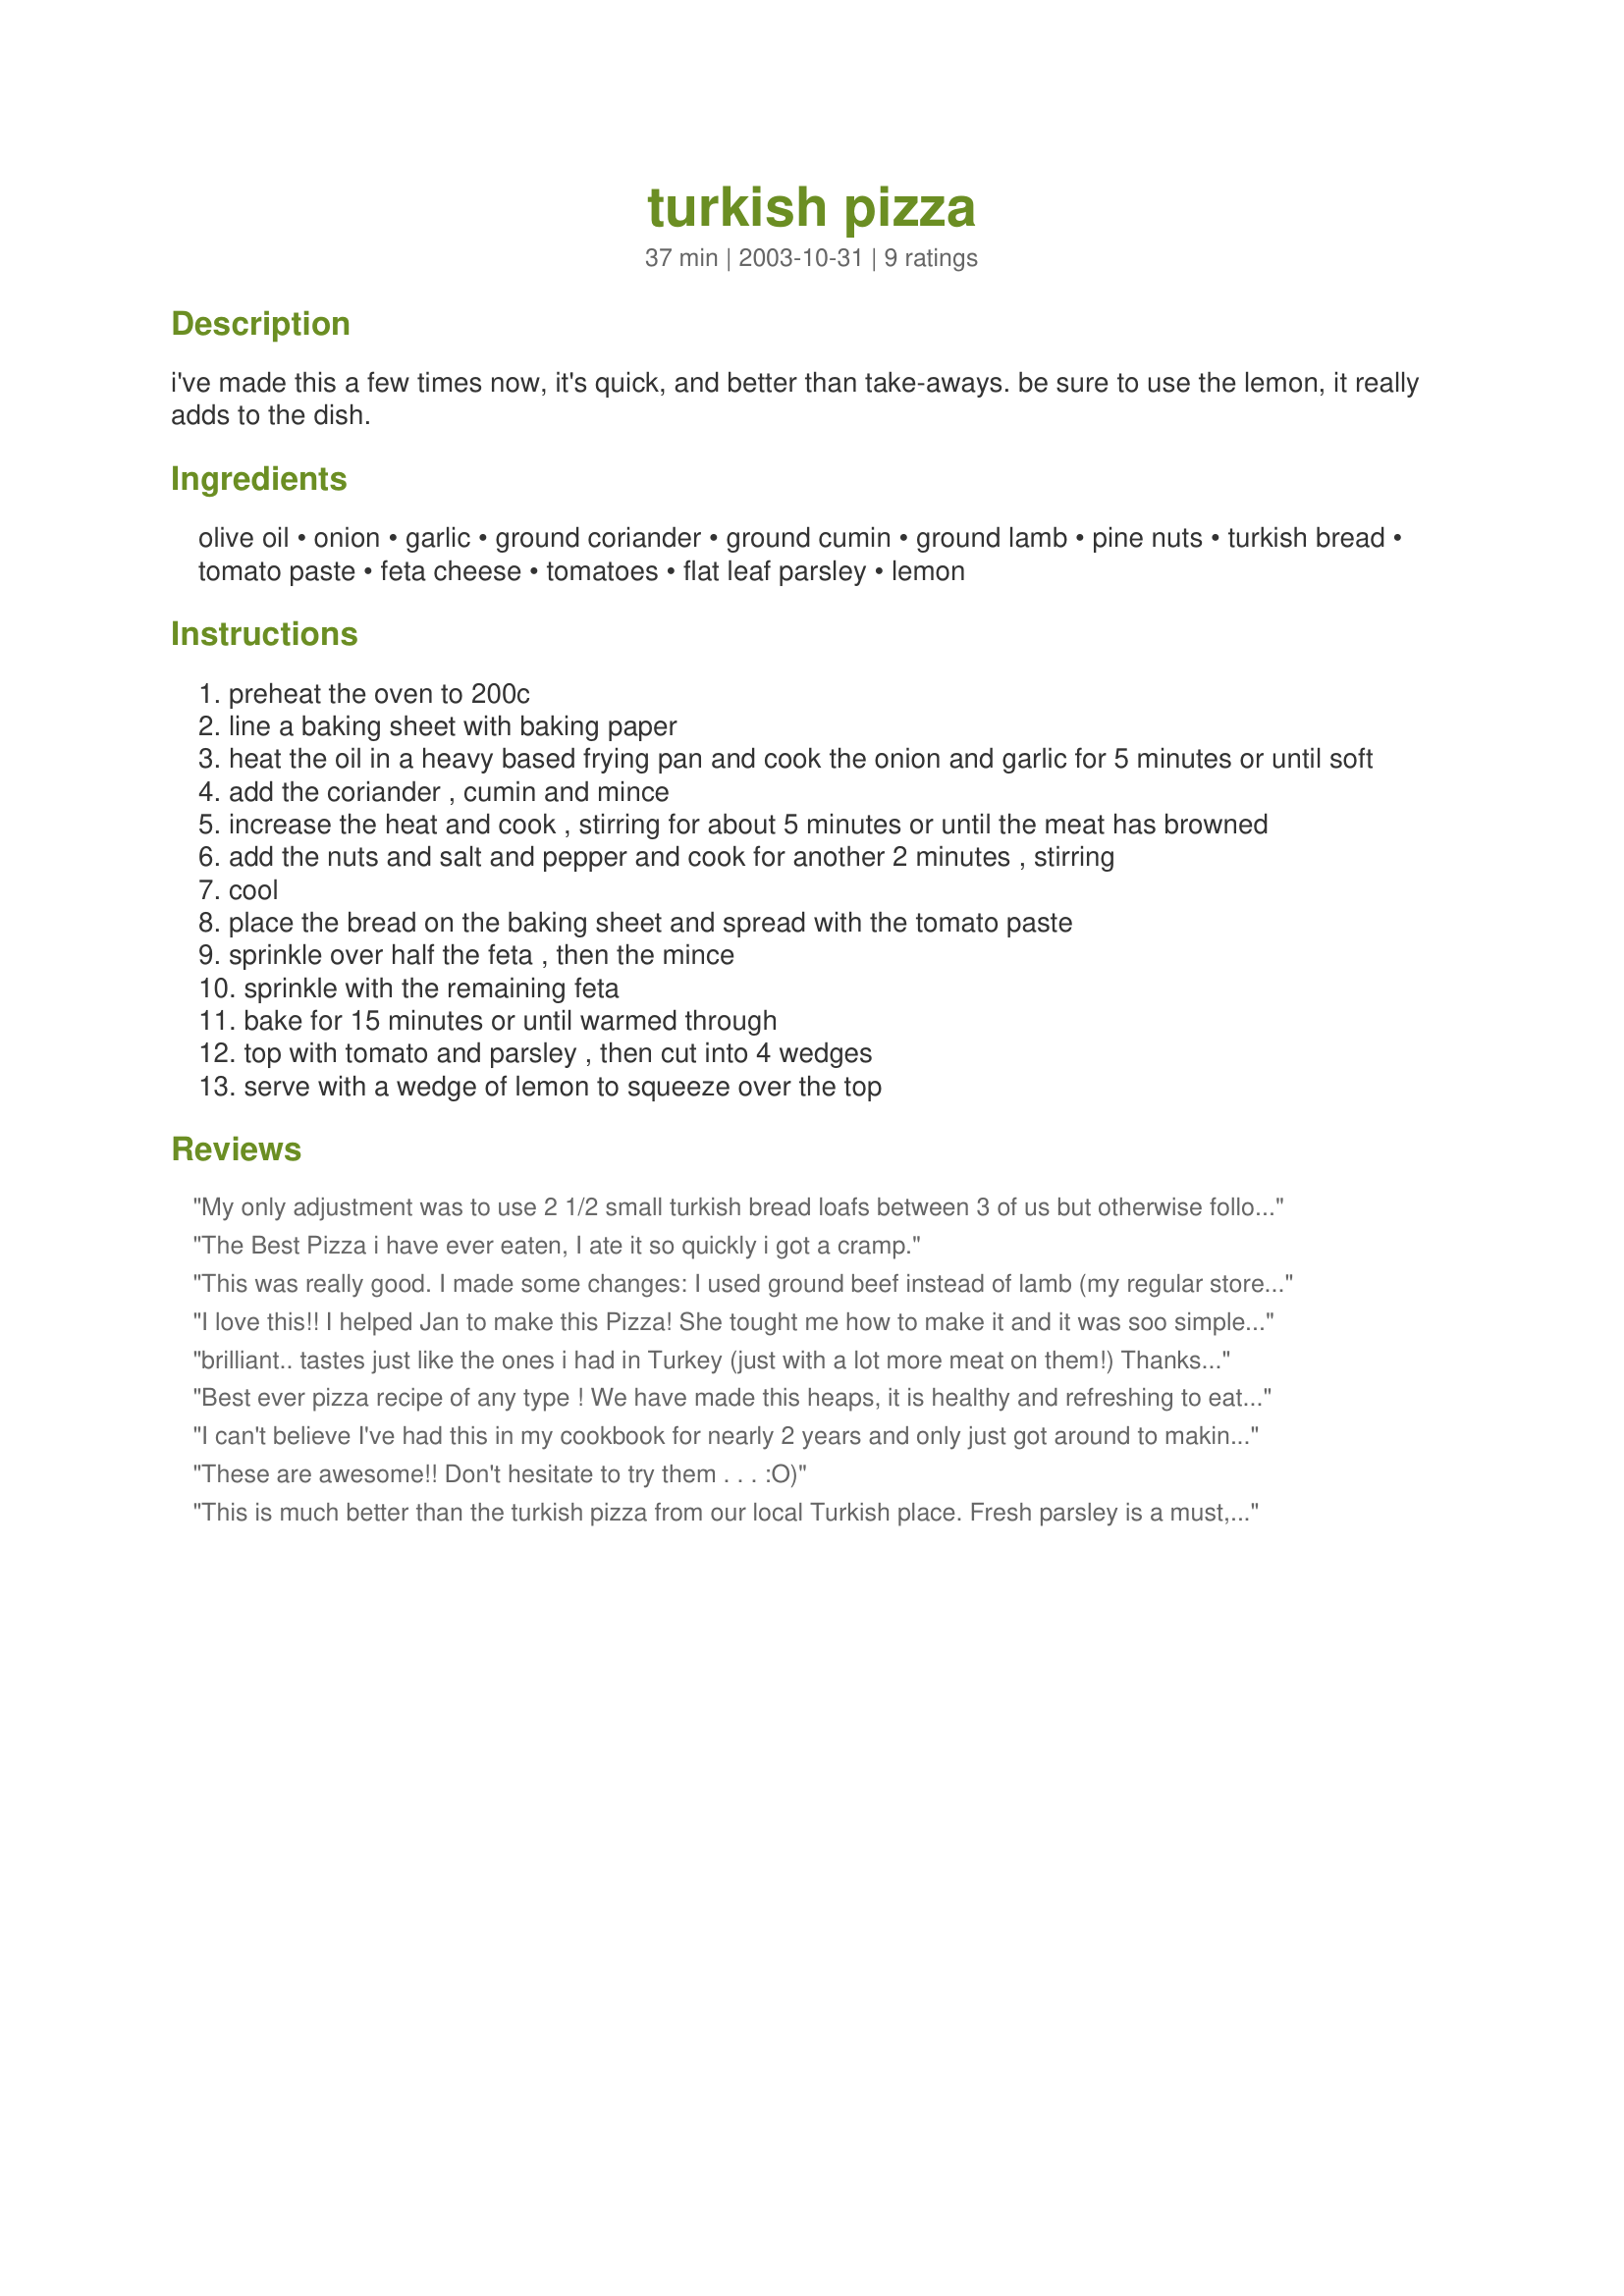
turkish pizza
Preparation time: 37 minutes

i've made this a few times now, it's quick, and better than take-aways. be sure to use the lemon, it really adds to the dish.

Ingredients:
olive oil, onion, garlic, ground coriander, ground cumin, ground lamb, pine nuts, turkish bread, tomato paste, feta cheese, tomatoes, flat leaf parsley, lemon

Steps:
preheat the oven to 200c
line a baking sheet with baking paper
heat the oil in a heavy based frying pan and cook the onion and garlic for 5 minutes or until soft
add the coriander , cumin and mince
increase the heat and cook , stirring for about 5 minutes or until the meat has browned
add the nuts and salt and pepper and cook for another 2 minutes , stirring
cool
place the bread on the baking sheet and spread with the tomato paste
sprinkle over half the feta , then the mince
sprinkle with the remaining feta
bake for 15 minutes or until warmed through
top with tomato and parsley , then cut into 4 wedges
serve with a wedge of lemon to squeeze over the top

Reviews:
My only adjustment was to use 2 1/2 small turkish bread loafs between 3 of us but otherwise followed through and we all thoroughly enjoyed and a style of pizza we had never eaten before. Thank you JustJanS, made for Ausie/Kiwi forum Recipe Swap #64 May 2012.
The Best Pizza i have ever eaten, I ate it so quickly i got a cramp.
This was really good. I made some changes: I used ground beef instead of lamb (my regular store doesn't carry lamb and I wasn't up for a quest!) I also used ciabatta bread....I don't even know what turkish bread is. Instead of the coriander/cumin, I used a turkish spice blend (which according to the jar contains: salt, garlic, cumin, black pepper, oregano, paprika, sumac, cayenne pepper and cilantro.) I have enough of the meat mixture to make dinner tomorrow night. Thanks for posting.
I love this!! I helped Jan to make this Pizza! She tought me how to make it and it was soo simple and tasty! I will take this recipe when I go back to Japan and will make for my family. Last time when I had this, I couldn't eat all but this time I ate it all! Maybe next time I might eat more!?
brilliant.. tastes just like the ones i had in Turkey (just with a lot more meat on them!) Thanks for sharing
Best ever pizza recipe of any type ! We have made this heaps, it is healthy and refreshing to eat because of the toppings. I usually dollop a carton of plain yoghurt over the top, once it's cooked, which makes it sensational.Well done !
I can't believe I've had this in my cookbook for nearly 2 years and only just got around to making it! This is just delicious and so easy to make! I found I had too much lamb topping to fit on the size Turkish bread I had, so I was forced to eat some right out of the pan - it's a tough job, but someone's got to do it. I followed the recipe exactly and served with home made hummus and a tomato salad - such a yummy meal, thanks for posting another winner Jan!
These are awesome!! Don't hesitate to try them . . . :O)
This is much better than the turkish pizza from our local Turkish place. Fresh parsley is a must, and definitely use the lemon for this! Have made this a few times, but this time BF put an extra layer of thinly sliced tomato on the bottom (on top of tomato paste, but under the cheese & meat). Made it more moist and helped keep the toppings on. Thanks Jan!
